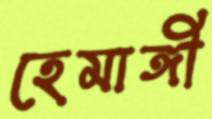
হেমাঙ্গী